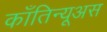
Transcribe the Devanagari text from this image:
काँतिन्यूअस